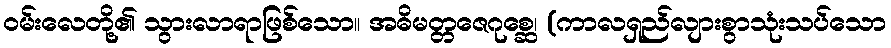
ဝမ်းလေတို့၏ သွားလာရာဖြစ်သော။ အဓိမတ္တဇေဂုစ္ဆေ၊ (ကာလရှည်လျားစွာသုံးသပ်သော